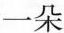
一朵